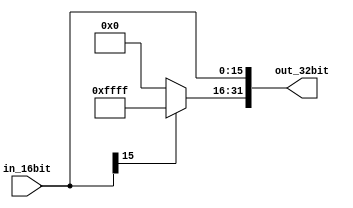
`timescale 1ns / 1ps
//////////////////////////////////////////////////////////////////////////////////
// Company: 
// Engineer: 
// 
// Design Name: 
// Module Name:    Signextend 
// Project Name: 
// Target Devices: 
// Tool versions: 
// Description: 
//
// Dependencies: 
//
// Revision: 
// Revision 0.01 - File Created
// Additional Comments: 
//
//////////////////////////////////////////////////////////////////////////////////
module Signextend(in_16bit, out_32bit);

input [15:0] in_16bit;
output [31:0] out_32bit;

assign out_32bit[15:0] = in_16bit;
assign out_32bit[31:16] = (in_16bit[15])? 16'hffff:16'd0;

endmodule